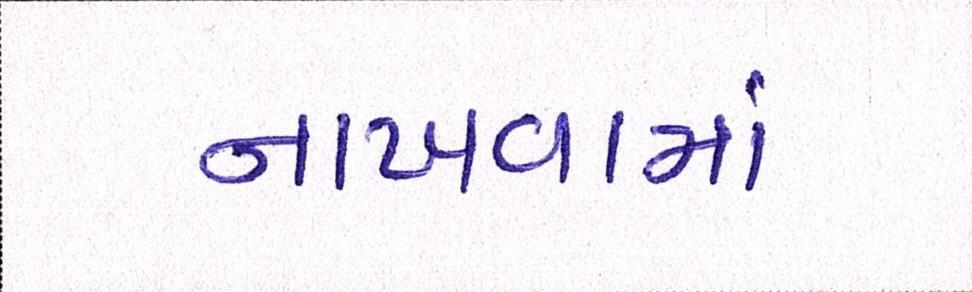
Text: નાખવામાં